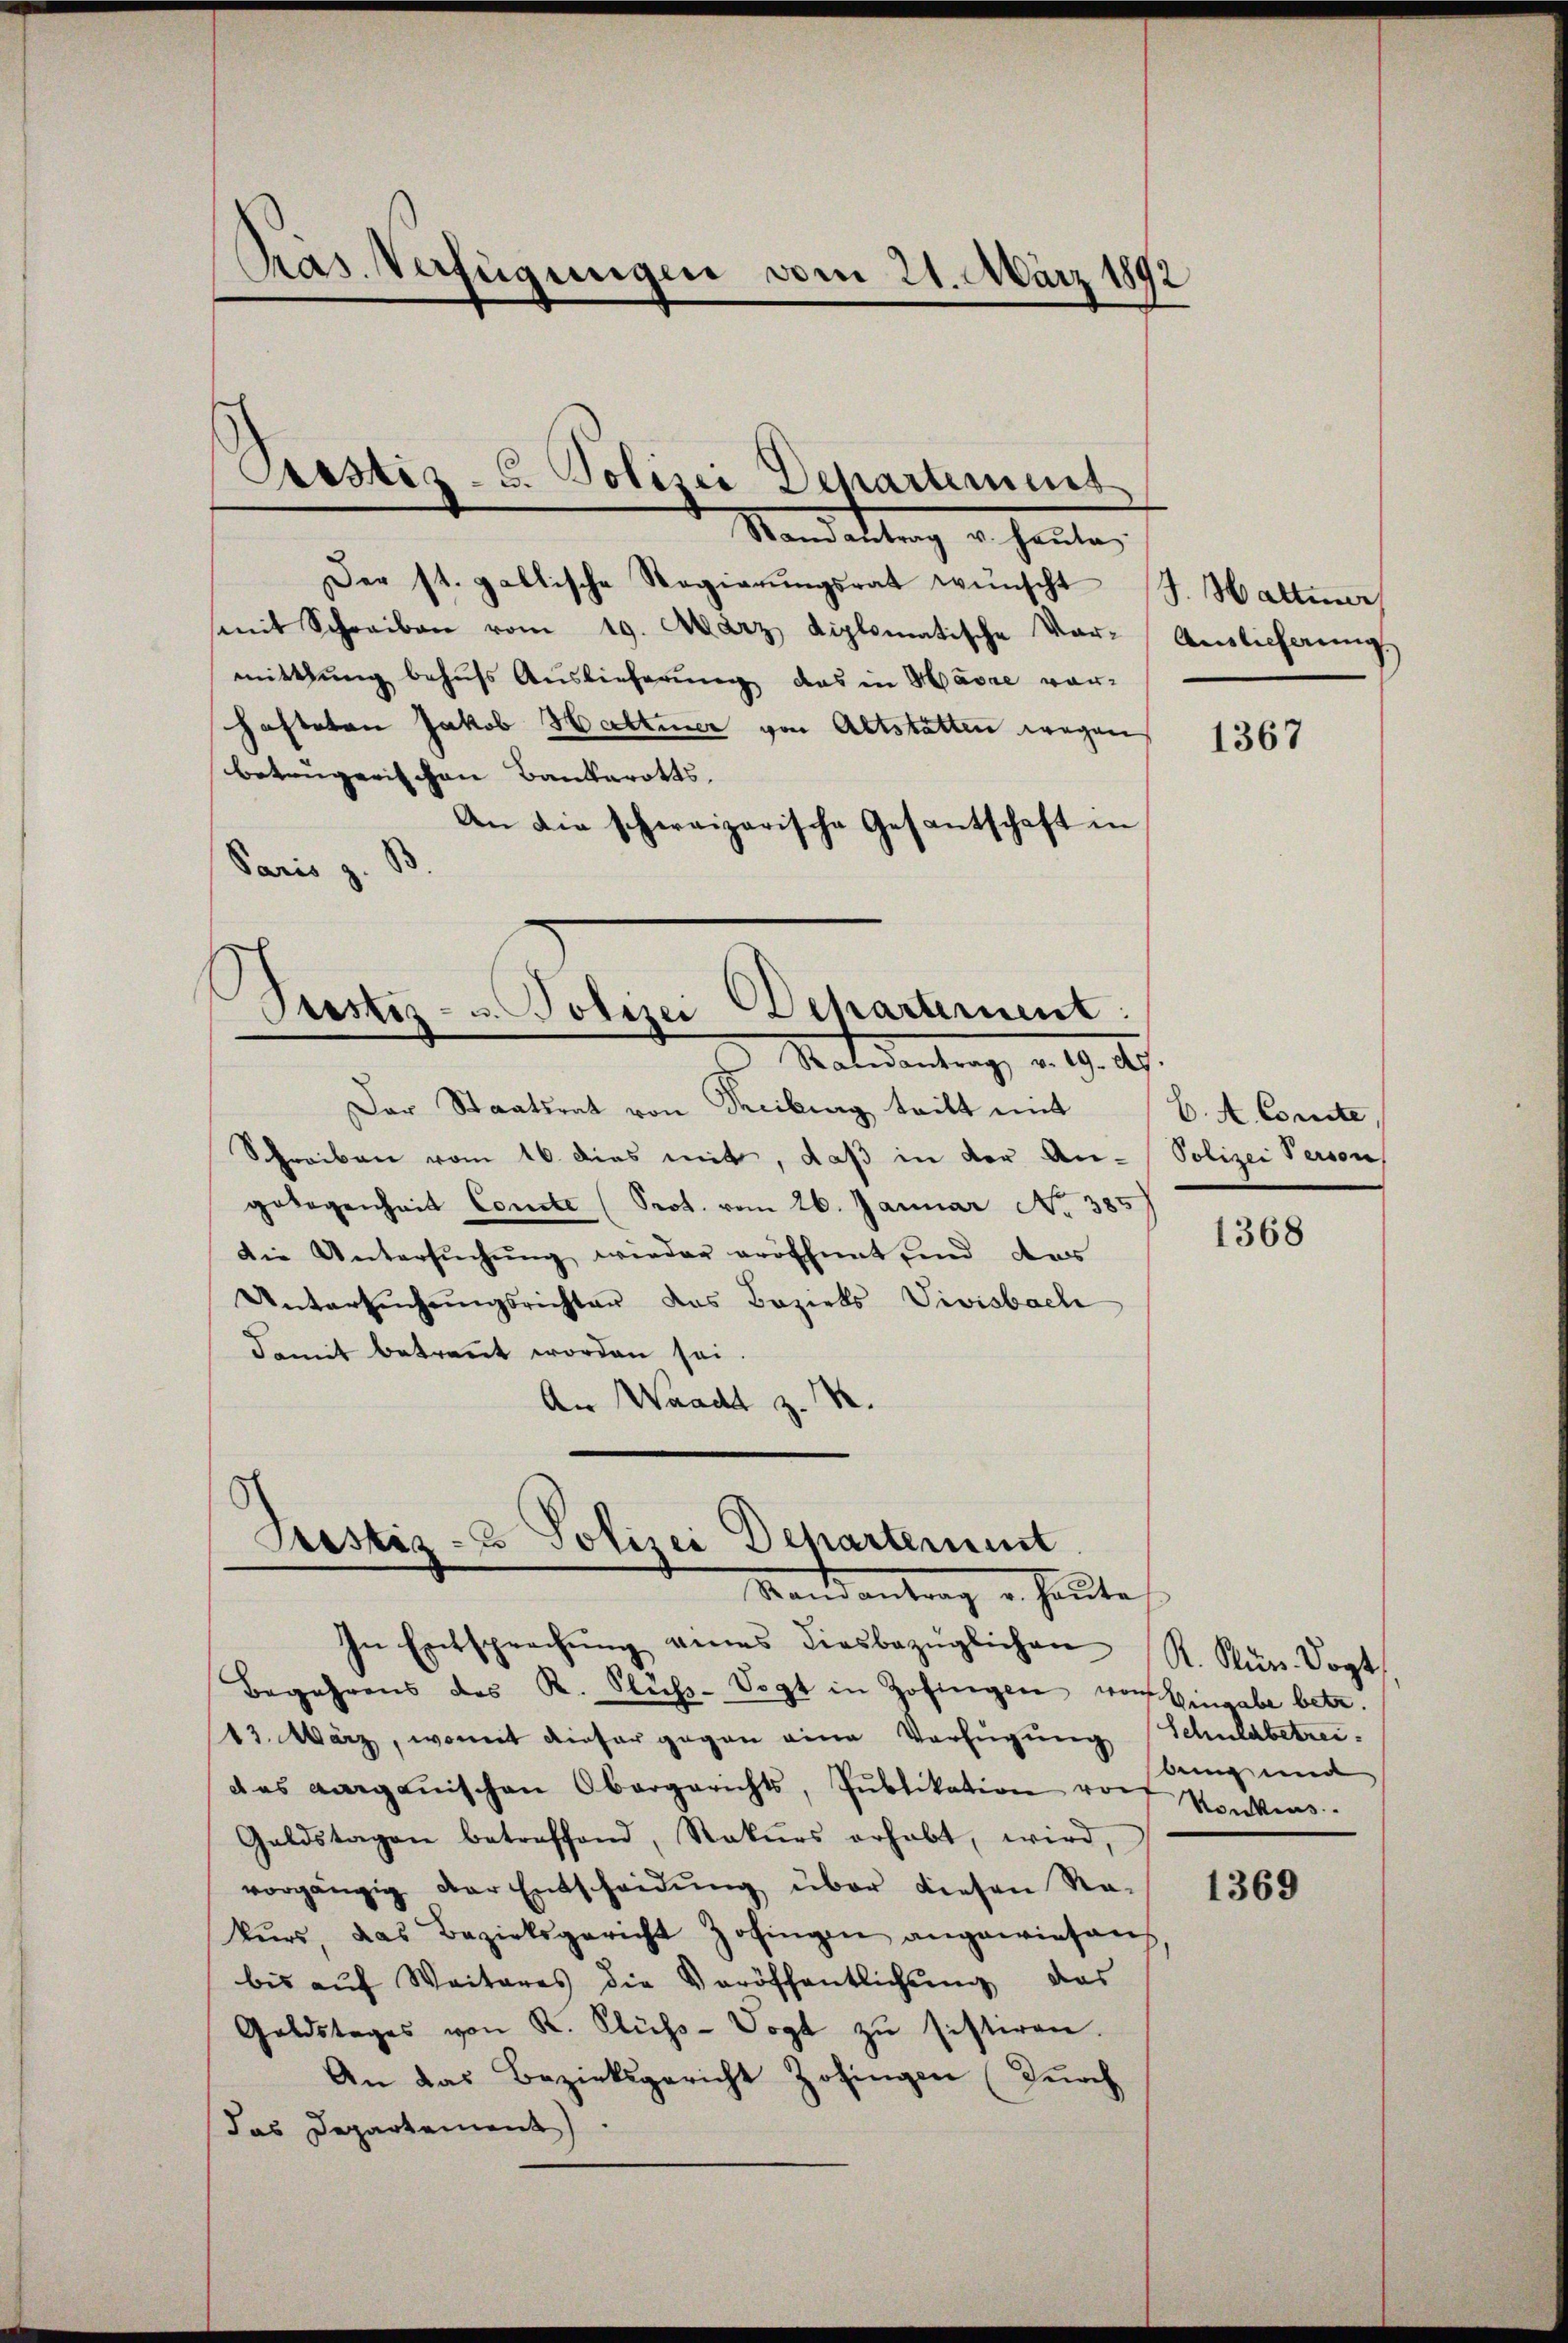
Pras. Verfügungen vom 21. März 1892

Mandattung u. heute,
Der st. gallische Regierŭngsrat wünscht J. Hattenr
mit Schreiben vom 19. März diplomatische Var-Auslicherŭng
mittlung behufs Auslieferung das in Havre vorhafteten Jakob Haltener von Altstatten wegen
betrügerischen Bankerotts,
An die schweizerische Gesantschaft in
Paris z. B.
s

Pestiz - 5. Polizei Departement

.
Stestiz- u. Polizei-Separtement:
Malidentrag v. 19. d.

Der Staatsrat von Treiburg tritt mit
Schreiben vom 16. dies mit, daß in der Angelegenheit Concle (Prot. vom 26. Januar No. 3
Die Untersŭchŭng wieder eröffnet, und das
Untersŭchŭngsrichter das Bezirks Vivisbach
damit betreṅt worden sei.
An Waadt z. B.

Prestiz- & Polizei Departement
Mandantrag u. heute

In Entsprechŭng eines diesbezüglichen R. Kŭr- Vogt
Begehrens des K. Süβ-Vogt in Zofingen von Eingabe betr.
13. März, womit dieser gegen eine Verfügung
des aargauischen Obergerichts, Pŭblikation von Konkurs.
Galdstagen betreffend, Rekŭrs erhabt, wird,
vorgängig der Entscheidŭng über diesen Re-
kŭrs, das Bezirksgericht Zofingen angewiesen,
bis aŭf Weiteres die Veröffentlichtung das
Goldstages von K. Flüss-Vogt zŭ sistiren.
An das Bezirksgericht Zofingen (durch
das Departement

1367

C. A. Comite,
Polizei Person,

1368

1369

Schuldbetrei
bung und